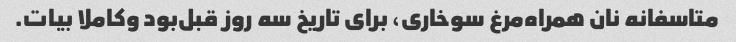
متاسفانه نان همراه‌مرغ سوخاری، برای تاریخ سه روز قبل‌بود و‌کاملا بیات.